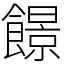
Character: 䭘